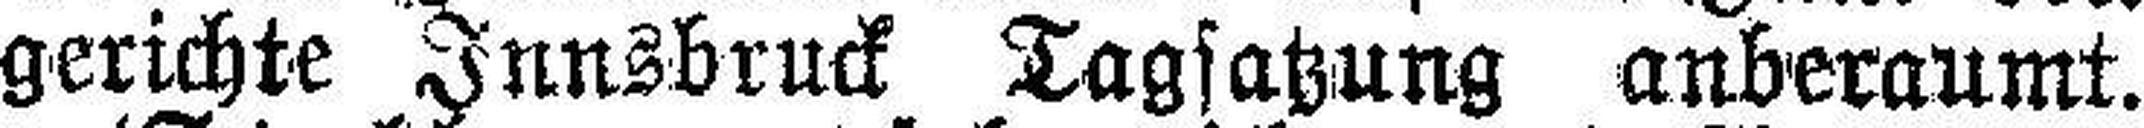
gerichte Innsbruck Tagsatzung anberaumt.